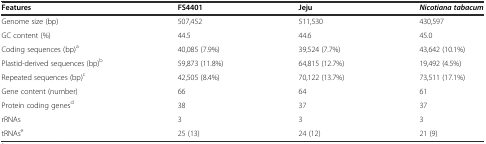
<table><thead><tr><td><b>Features</b></td><td><b>FS4401</b></td><td><b>Jeju</b></td><td><b><i>Nicotiana tabacum</i></b></td></tr></thead><tbody><tr><td>Genome size (bp)</td><td>507,452</td><td>511,530</td><td>430,597</td></tr><tr><td>GC content (%)</td><td>44.5</td><td>44.6</td><td>45.0</td></tr><tr><td>Coding sequences (bp)<sup>a</sup></td><td>40,085 (7.9%)</td><td>39,524 (7.7%)</td><td>43,642 (10.1%)</td></tr><tr><td>Plastid-derived sequences (bp)<sup>b</sup></td><td>59,873 (11.8%)</td><td>64,815 (12.7%)</td><td>19,492 (4.5%)</td></tr><tr><td>Repeated sequences (bp)<sup>c</sup></td><td>42,505 (8.4%)</td><td>70,122 (13.7%)</td><td>73,511 (17.1%)</td></tr><tr><td>Gene content (number)</td><td>66</td><td>64</td><td>61</td></tr><tr><td>Protein coding genes<sup>d</sup></td><td>38</td><td>37</td><td>37</td></tr><tr><td>rRNAs</td><td>3</td><td>3</td><td>3</td></tr><tr><td>tRNAs<sup>e</sup></td><td>25 (13)</td><td>24 (12)</td><td>21 (9)</td></tr></tbody></table>